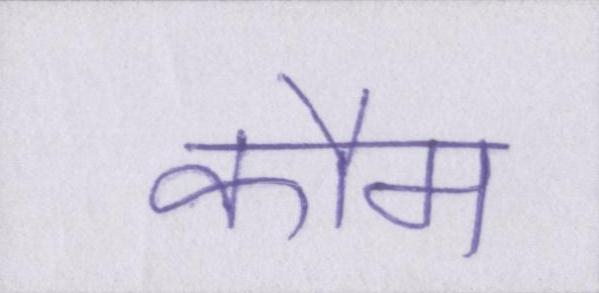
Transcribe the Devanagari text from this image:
कौम